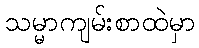
သမ္မာကျမ်းစာထဲမှာ